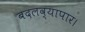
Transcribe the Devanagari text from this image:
बदलव्यापार।